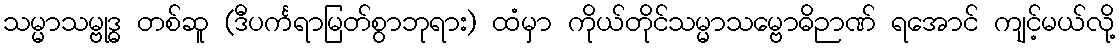
သမ္မာသမ္ဗုဒ္ဓ တစ်ဆူ (ဒီပင်္ကရာမြတ်စွာဘုရား) ထံမှာ ကိုယ်တိုင်သမ္မာသမ္ဗောဓိဉာဏ် ရအောင် ကျင့်မယ်လို့